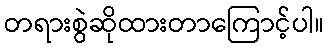
တရားစွဲဆိုထားတာကြောင့်ပါ။